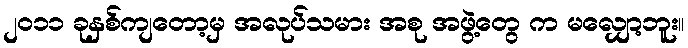
၂၀၁၁ ခုနှစ်ကျတော့မှ အလုပ်သမား အစု အဖွဲ့တွေ က မလျှော့ဘူး။